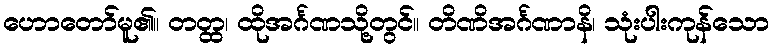
ဟောတော်မူ၏။ တတ္ထ၊ ထိုအင်္ဂဏသို့တွင်။ တိဏိအင်္ဂဏာနိ၊ သုံးပါးကုန်သော